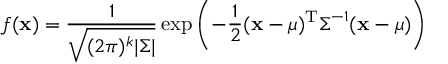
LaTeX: f ( \mathbf { x } ) = { \frac { 1 } { \sqrt { ( 2 \pi ) ^ { k } | { \boldsymbol { \Sigma } } | } } } \exp \left( - { \frac { 1 } { 2 } } ( \mathbf { x } - { \boldsymbol { \mu } } ) ^ { \mathrm { { T } } } { \boldsymbol { \Sigma } } ^ { - 1 } ( { \mathbf { x } } - { \boldsymbol { \mu } } ) \right)